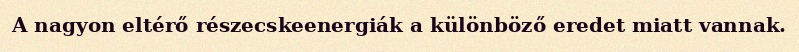
A nagyon eltérő részecskeenergiák a különböző eredet miatt vannak.